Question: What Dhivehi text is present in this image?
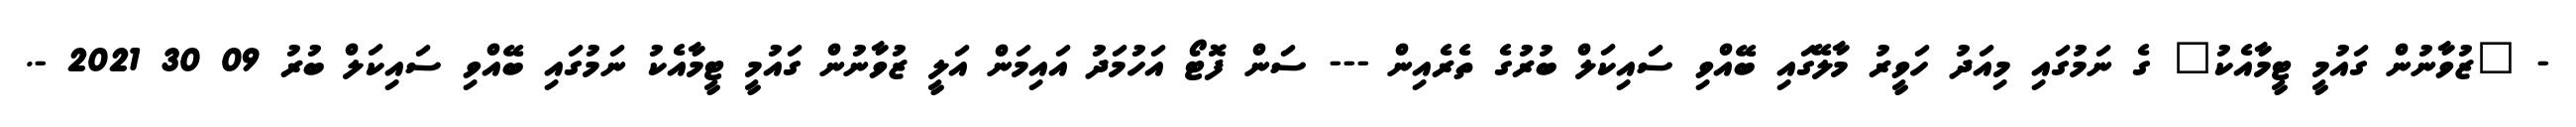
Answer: - "ޒުވާނުން ގައުމީ ޓީމާއެކު" ގެ ނަމުގައި މިއަދު ހަވީރު މާލޭގައި ބޭއްވި ސައިކަލް ބުރުގެ ތެރެއިން --- ސަން ފޮޓޯ އަހުމަދު އައިމަން އަލީ ޒުވާނުން ގައުމީ ޓީމާއެކު ނަމުގައި ބޭއްވި ސައިކަލް ބުރު 09 30 2021 -.